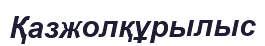
Қазжолқұрылыс